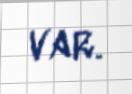
var.